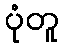
ပုံတူ